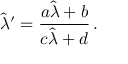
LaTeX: \hat { \lambda } ^ { \prime } = \frac { a \hat { \lambda } + b } { c \hat { \lambda } + d } \, .